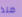
منذ